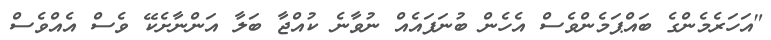
"އަހަރެމެންގެ ބައްޕަމެންވެސް އެހެން ބުނަފައެއް ނުވާނެ ކުއްޖާ ބަލާ އަންނާށެކޭ ވެސް އެއްވެސް